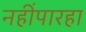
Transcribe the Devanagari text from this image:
नहींपारहा